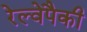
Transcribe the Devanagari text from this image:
रेल्वेपैकी